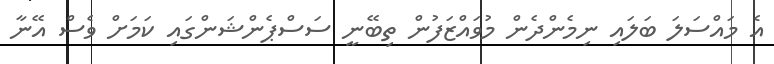
އެ މައްސަލަ ބަލައި ނިމެންދެން މުވައްޒަފުން ތިބޭނީ ސަސްޕެންޝަންގައި ކަމަށް ވެސް އޭނާ